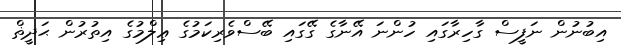
އިބުނުން ނަފީސް ގާހިރާގައި ހުންނަ އޭނާގެ ގޭގައި ބޭސްވެރިކަމުގެ ޢިލްމުގެ އިތުރުން ޙަދީޡް